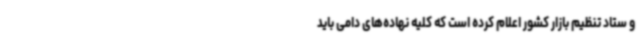
و ستاد تنظیم بازار کشور اعلام کرده است که کلیه نهاده‌های دامی باید